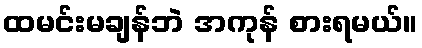
ထမင်းမချန်ဘဲ အကုန် စားရမယ်။